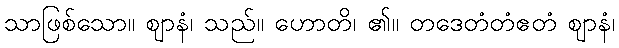
သာဖြစ်သော။ ဈာနံ၊ သည်။ ဟောတိ၊ ၏။ တဒေတံတံဧတံ ဈာနံ၊